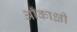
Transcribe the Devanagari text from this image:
आँकाक्षी